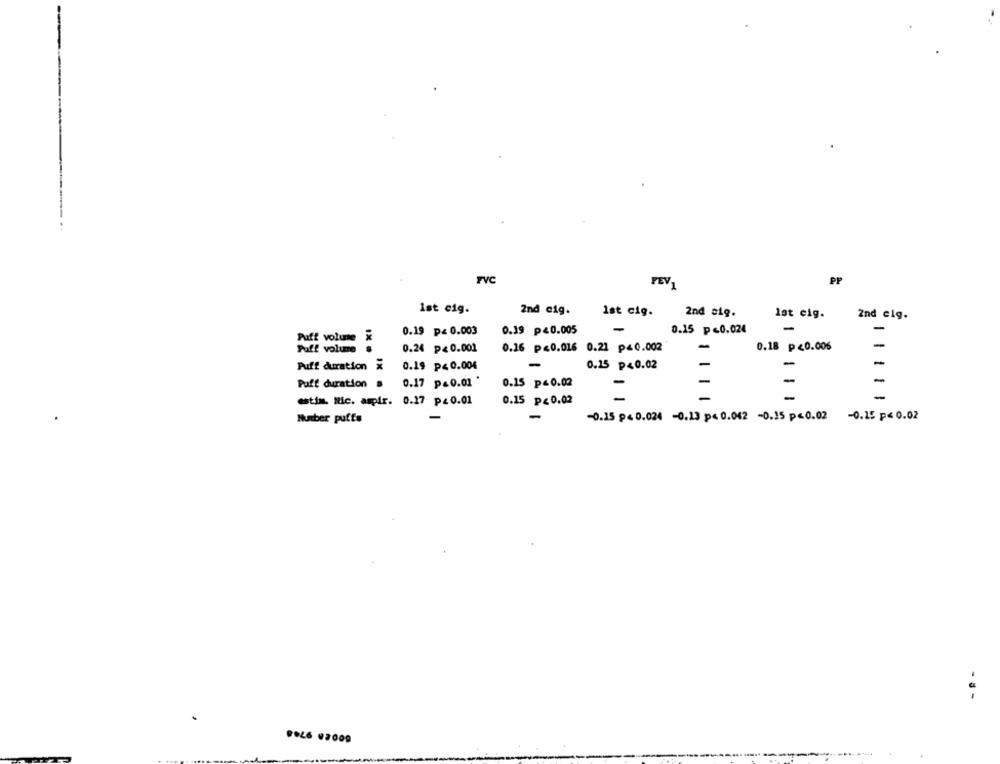
FVC
PP
PEV1
Ist cig.
2nd cig.
1st cig.
2nd sig.
1st cig.
2nd cig.
-
-
Puff volume x
0.19 p< 0.003
0.19 p<0.005
-
0.15 p<0.024
Puff volume #
0.24 p<0.001
0.16 p<0.016 0.21 p<0.002
-
0.18 p <0.006
-
Puff duration x
0.19 p< 0.004
0.25 p<0.02
-
-
0.17 p=0.01
0.15 p=0.02
-
-
Puff duration &
-
-
-
-
estin. Nic. aspir. 0.17 p.0.01
0.15 p=0.02
-
Number puffs
-0.15 p< 0.024 -0.13 p< 0.042 -0.15 p<0.02 -0.15 p< 0.02
s -